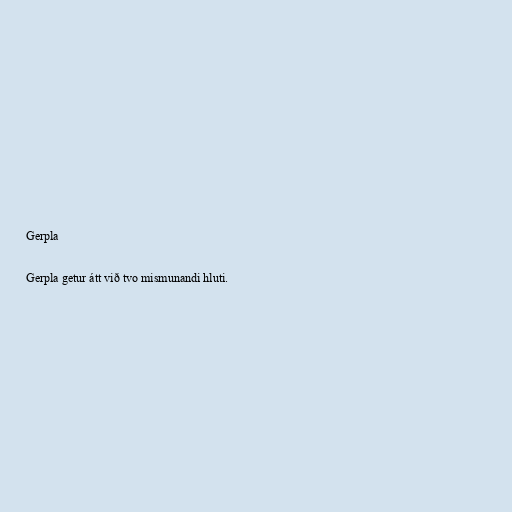
Gerpla

Gerpla getur átt við tvo mismunandi hluti.